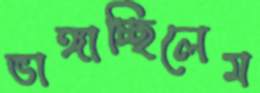
ভাঙ্গাচ্ছিলেম